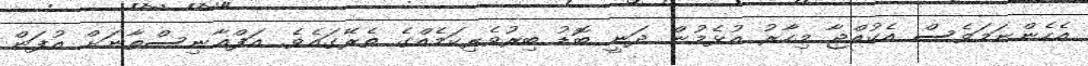
އެހެންނަމަވެސް އެކުއްޖާ މިހާރު އުޅެމުން ދަނީ ބޮޑު ބިރުވެރިކަމެއްގެ ތެރޭގައެވެ. އަފްޣާނިސްތާނަށް އުފަން